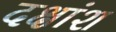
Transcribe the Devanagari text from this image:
दक्षांश